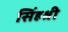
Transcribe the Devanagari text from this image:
सिंहश्री